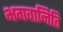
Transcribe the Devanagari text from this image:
भगवानिति